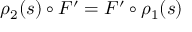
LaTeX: \rho _ { 2 } ( s ) \circ F ^ { \prime } = F ^ { \prime } \circ \rho _ { 1 } ( s )